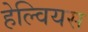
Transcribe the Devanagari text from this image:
हेल्वियस